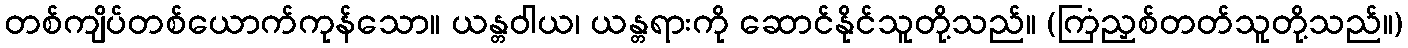
တစ်ကျိပ်တစ်ယောက်ကုန်သော။ ယန္တဝါယ၊ ယန္တရားကို ဆောင်နိုင်သူတို့သည်။ (ကြံညှစ်တတ်သူတို့သည်။)